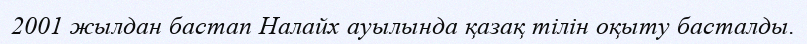
2001 жылдан бастап Налайх ауылында қазақ тілін оқыту басталды.